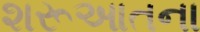
શરૂઆતના